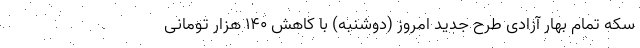
سکه تمام بهار آزادی طرح جدید امروز (دوشنبه) با کاهش ۱۴۰ هزار تومانی